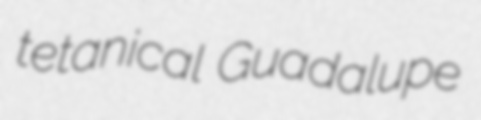
tetanical Guadalupe